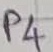
Text: P4